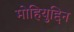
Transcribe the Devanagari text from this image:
मोहियुद्दिन